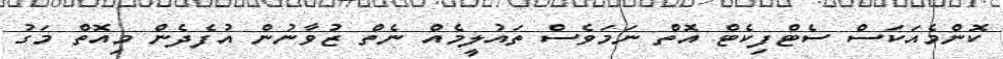
ކޮންމެއަކަސް ސެޓްފިކެޓް އޮތް ނަމަވެސް ތައުލީމެއް ނެތް ޒުވާނުން އުފެދެން މިއޮތް މަގު